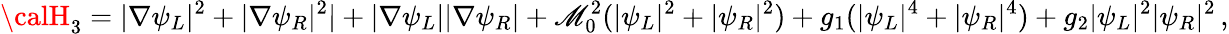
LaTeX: {\calH}_{3}=|\nabla\psi_{L}|^{2}+|\nabla\psi_{R}|^{2}|+|\nabla\psi_{L}||\nabla\psi_{R}|+\mathscr{M}_{0}^{2}(|\psi_{L}|^{2}+|\psi_{R}|^{2})+g_{1}(|\psi_{L}|^{4}+|\psi_{R}|^{4})+g_{2}|\psi_{L}|^{2}|\psi_{R}|^{2}\, ,